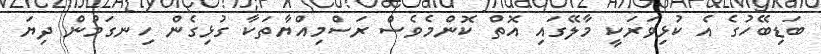
ބަޑިބޭހުގެ އެ ކުޅިވަރަކީ މާލޭގައި އޮތް ކޮންމެވެސް ރަސްމިއްޔާތަކާ ގުޅިގެން ހިނގަމުން ދިޔަ